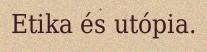
Etika és utópia.